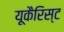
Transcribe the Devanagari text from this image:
यूकैरिस्ट